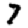
Digit: 7